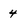
Character: 4